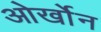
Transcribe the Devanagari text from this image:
ओर्खोन